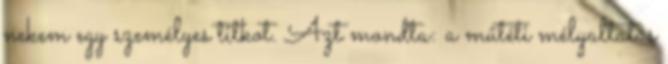
nekem egy személyes titkot. Azt mondta: a műtéti mélyal­ta­tás